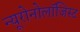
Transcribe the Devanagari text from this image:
न्यूरोनोलॉजिस्ट